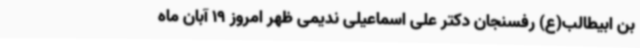
بن ابیطالب(ع) رفسنجان دکتر علی اسماعیلی ندیمی ظهر امروز 19 آبان ماه